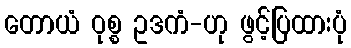
တောယံ ဝုစ္စ ဥဒကံ-ဟု ဖွင့်ပြထားပုံ